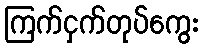
ကြက်ငှက်တုပ်ကွေး